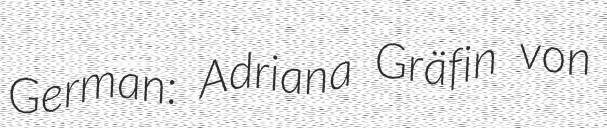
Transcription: German: Adriana Gräfin von